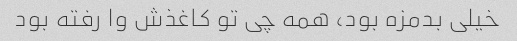
خیلی بدمزه بود، همه چی تو کاغذش وا رفته بود